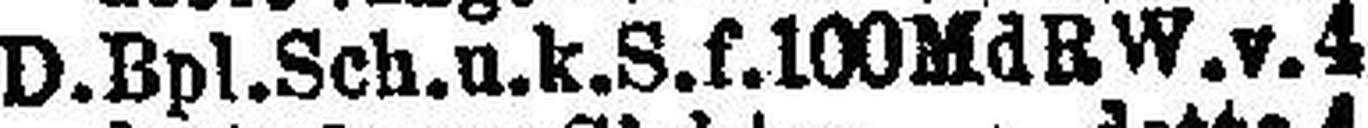
D. Bpl. Sch. u. k. S. f. 100 MdRW. v. 4